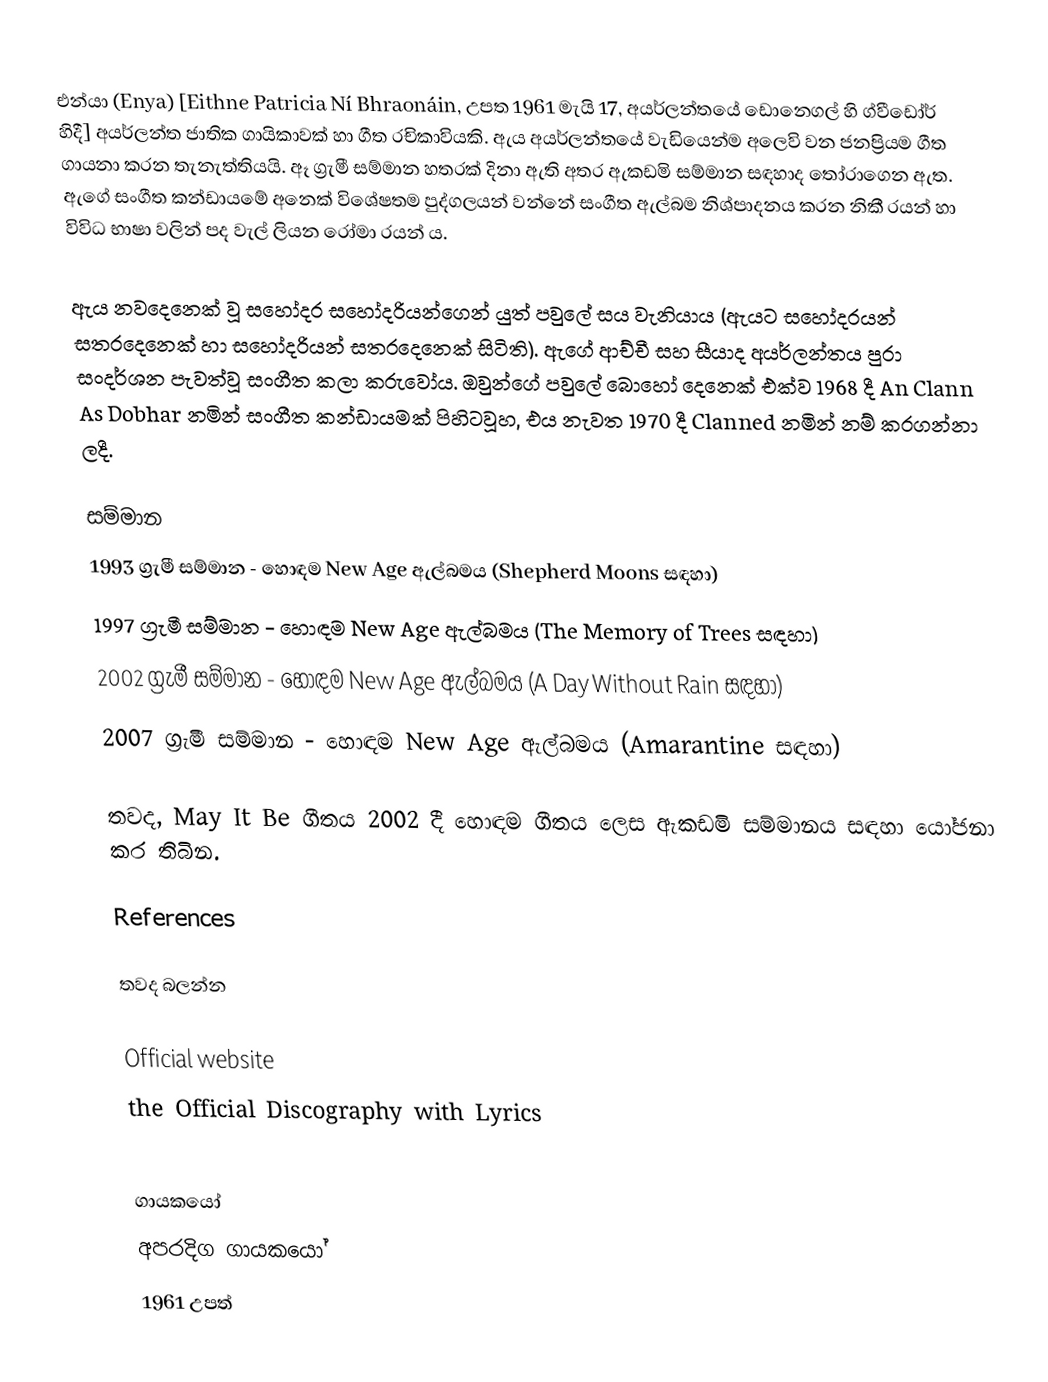
එන්යා (Enya) [Eithne Patricia Ní Bhraonáin, උපත 1961 මැයි 17, අයර්ලන්තයේ ඩොනෙගල් හි ග්වීඩෝර් හිදී] අයර්ලන්ත ජාතික ගායිකාවක් හා ගීත රචිකාවියකි. ඇය අයර්ලන්තයේ වැඩියෙන්ම අලෙවි වන ජනප්‍රියම ගීත ගායනා කරන තැනැත්තියයි. ඈ ග්‍රැමී සම්මාන හතරක් දිනා ඇති අතර ඇකඩමි සම්මාන සඳහාද තෝරාගෙන ඇත. ඇගේ සංගීත කන්ඩායමේ අනෙක් විශේෂතම පුද්ගලයන් වන්නේ සංගීත ඇල්බම නිශ්පාදනය කරන නිකී රයන් හා විවිධ භාෂා වලින් පද වැල් ලියන රෝමා රයන් ය.

ඇය නවදෙනෙක් වූ සහෝදර සහෝදරියන්ගෙන් යුත් පවුලේ සය වැනියාය (ඇයට සහෝදරයන් සතරදෙනෙක් හා සහෝදරියන් සතරදෙනෙක් සිටිති). ඇගේ ආච්චී සහ සීයාද අයර්ලන්තය පුරා සංදර්ශන පැවත්වූ සංගීත කලා කරුවෝය. ඔවුන්ගේ පවුලේ බොහෝ දෙනෙක් එක්ව 1968 දී An Clann As Dobhar නමින් සංගීත කන්ඩායමක් පිහිටවූහ, එය නැවත 1970 දී Clanned නමින් නම් කරගන්නා ලදී.

සම්මාන
 1993 ග්‍රැමී සම්මාන - හොඳම New Age ඇල්බමය (Shepherd Moons සඳහා)
 1997 ග්‍රැමී සම්මාන - හොඳම New Age ඇල්බමය (The Memory of Trees සඳහා)
 2002 ග්‍රැමී සම්මාන - හොඳම New Age ඇල්බමය (A Day Without Rain සඳහා)
 2007 ග්‍රැමී සම්මාන - හොඳම New Age ඇල්බමය (Amarantine සඳහා)

තවද, May It Be ගීතය 2002 දී හොඳම ගීතය ලෙස ඇකඩමි සම්මානය සඳහා යෝජනා කර තිබින.

References

තවද බලන්න

 Official website
 the Official Discography with Lyrics

ගායකයෝ
අපරදිග ගායකයෝ
1961 උපත්